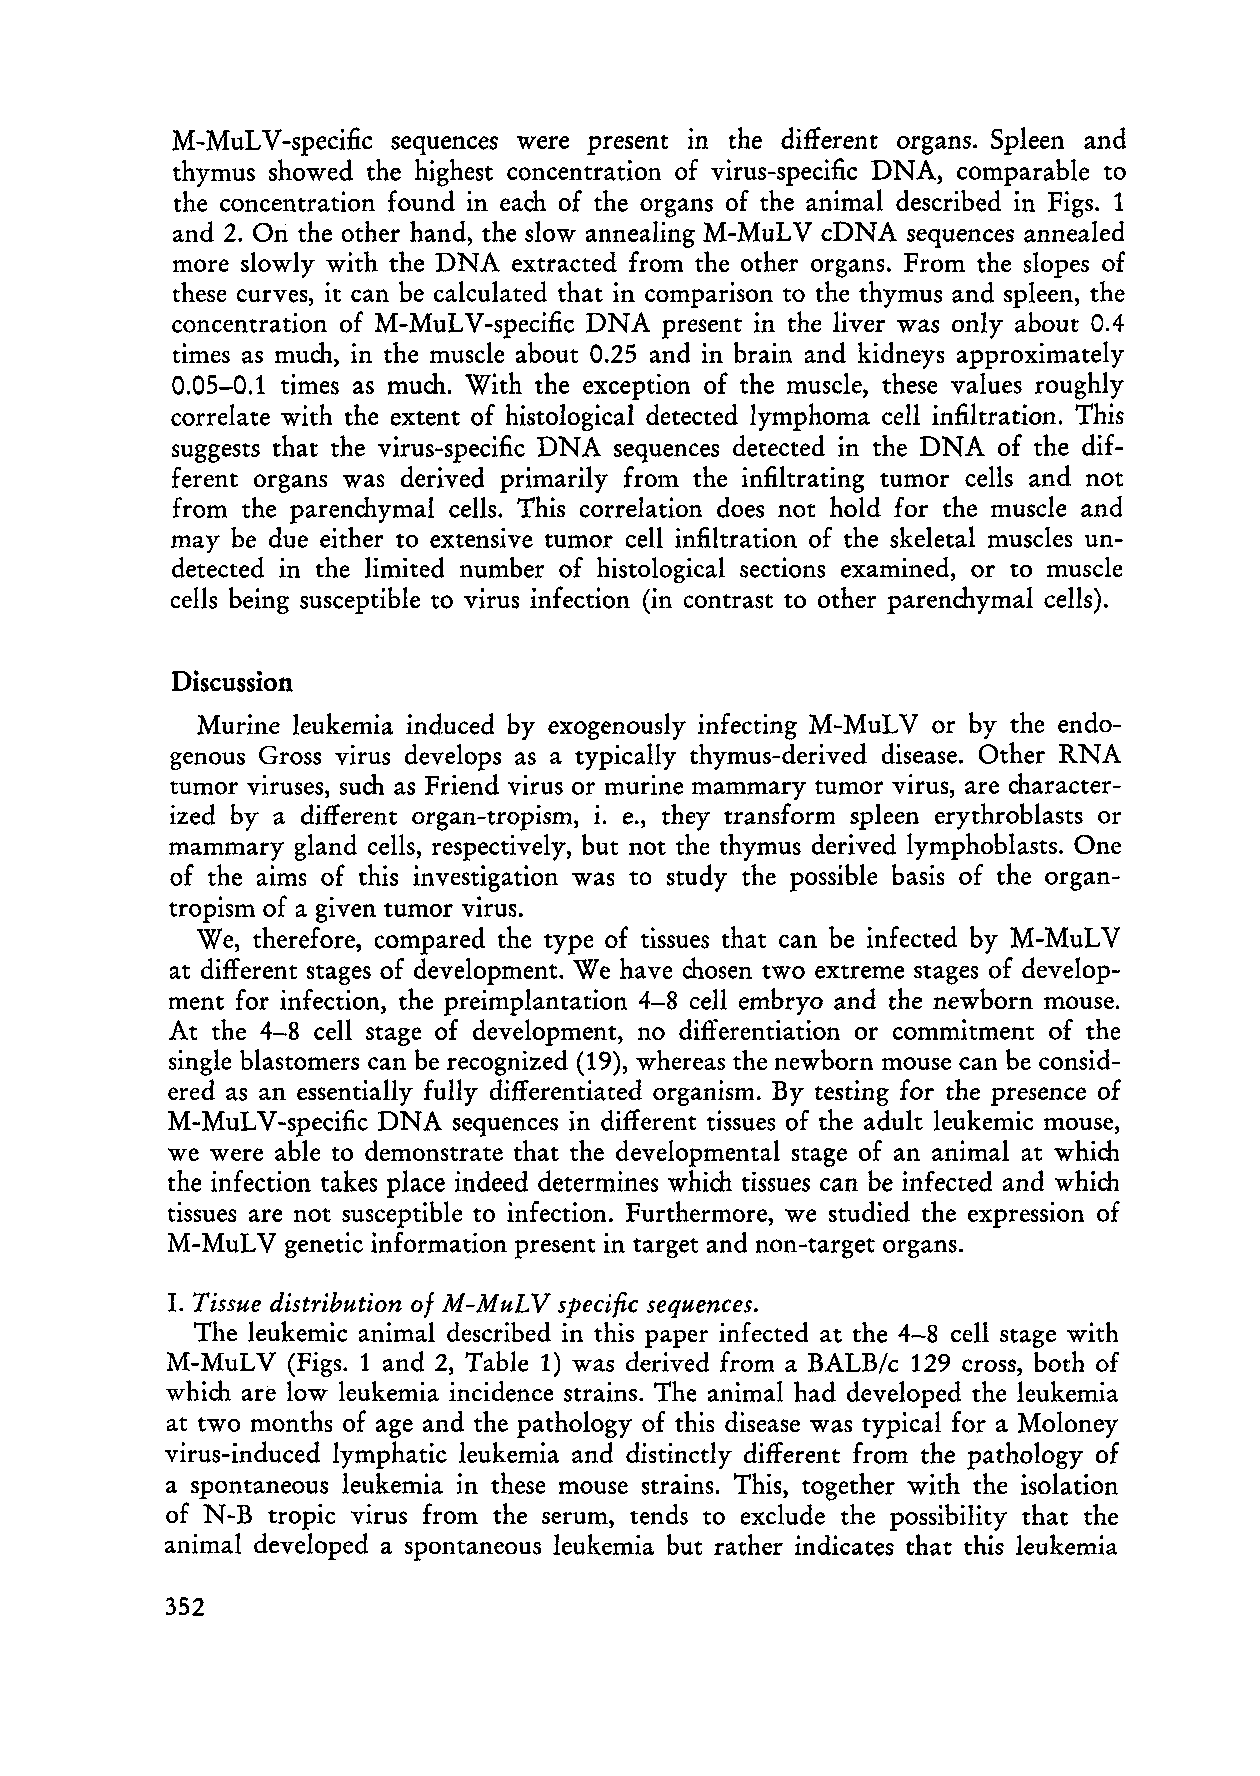
M-MuLV-speci:fic sequences were present in the different organs. Spleen and
 thymus showed the highest concentration of virus-specific DNA, comparable to
 the concentration found in each of the organs of the anima1 described in Figs. 1
 and 2. On the other hand, the slow annealing M-MuL V cDNA sequences annealed
 more slowly with the DNA extracted from the other organs. From the slopes of
 these curves, it can be calculated that in comparison to the thymus and spleen, the
 concentration of M-MuLV-specific DNA present in the liver was only about 0.4
 times as much, in the musc1e about 0.25 and in brain and kidneys approximately
 0.05-0.1 times as much. With the exception of the musc1e, these values roughly
 correlate with the extent of histological detected lymphoma cell infiltration. This
 suggests that the virus-specific DNA sequences detected in the DNA of the dif
 ferent organs was derived primarily from the infiltrating tumor cells and not
 from the parenchymal cells. This correlation does not hold for the musc1e and
 may be due either to extensive tumor cell infiltration of the skeletal musc1es un
 detected in the limited number of histological sections examined, or to musc1e
 cells being susceptible to virus infection (in contrast to other parenchym al cells).
 Discussion
 Murine leukemia induced by exogenously infecting M-MuLV or by the endo
 genous Gross virus develops as a typically thymus-derived disease. Other RNA
 tumor viruses, such as Friend virus or murine mammary tumor virus, are character
 ized by a different organ-tropism, i. e., they transform spleen erythroblasts or
 mammary gland ceIls, respectively, but not the thymus derived lymphoblasts. One
 of the aims of this investigation was to study the possible basis of the organ
 tropism of a given tumor virus.
 We, therefore, compared the type of tissues that can be infected by M-MuLV
 at different stages of development. We have chosen two extreme stages of develop
 ment for infection, the preimplantation 4-8 cell embryo and the newborn mouse.
 At the 4-8 cell stage of development, no differentiation or commitment of the
 single blastomers can be recognized (19), whereas the newborn mouse can be consid
 ered as an essentially fuHy differentiated organism. By testing for the presence of
 M-MuLV-specific DNA sequences in different tissues of the adult leukemic mouse,
 we were able to demonstrate that the developmental stage of an animal at which
 the infection takes place indeed determines which tissues can be infected and which
 tissues are not susceptible to infection. Furthermore, we studied the expression of
 M-MuLV  genetic information present in target and non-target organs.
 I. Tissue distribution of M-MuLV specific sequences.
 The leukemic animal described in this paper infected at the 4-8 cell stage with
 M-MuLV  (Figs. 1 and 2, Table 1) was derived from a BALB/c 129 cross, both of
 which are low leukemia incidence strains. The animal had developed the leukemia
 at two months of age and the pathology of this disease was typical for a Moloney
 virus-induced lymphatic leukemia and distinct1y different from the pathology of
 a spontaneous leukemia in these mouse strains. This, together with the isolation
 of N-B tropic virus from the serum, tends to exc1ude the possibility that the
 anima1 deveIoped a spontaneous leukemia but rather indicates that this leukemia
 352